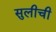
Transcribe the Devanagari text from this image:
सुलीची